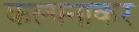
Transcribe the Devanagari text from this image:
कल्पनाकर